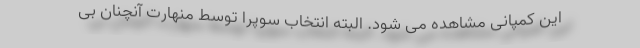
این کمپانی مشاهده می شود. البته انتخاب سوپرا توسط منهارت آنچنان بی